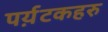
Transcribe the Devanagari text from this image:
पर्य़टकहरु